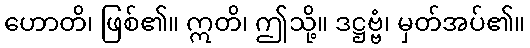
ဟောတိ၊ ဖြစ်၏။ ဣတိ၊ ဤသို့။ ဒဋ္ဌဗ္ဗံ၊ မှတ်အပ်၏။